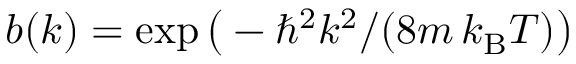
{ b ( k ) = \exp \big ( - \hbar ^ { 2 } k ^ { 2 } / ( 8 m \, k _ { \mathrm { B } } T ) } \big )